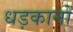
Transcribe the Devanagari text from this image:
धड़कानों